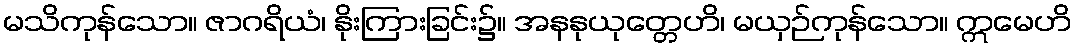
မသိကုန်သော။ ဇာဂရိယံ၊ နိုးကြားခြင်း၌။ အနနုယုတ္တေဟိ၊ မယှဉ်ကုန်သော။ ဣမေဟိ